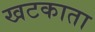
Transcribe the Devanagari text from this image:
खटकाता